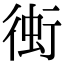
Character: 𧊔